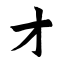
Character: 才